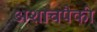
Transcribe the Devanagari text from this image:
अशाचपैकी